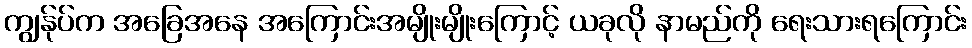
ကျွန်ုပ်က အခြေအနေ အကြောင်းအမျိုးမျိုးကြောင့် ယခုလို နာမည်ကို ရေးသားရကြောင်း